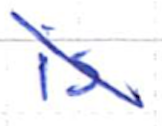
Text: is
Cross-out: diagonal
Writing tool: ballpoint